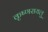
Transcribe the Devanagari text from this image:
कृष्णरायलु